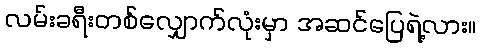
လမ်းခရီးတစ်လျှောက်လုံးမှာ အဆင်ပြေရဲ့လား။